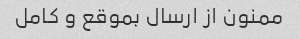
ممنون از ارسال بموقع و کامل